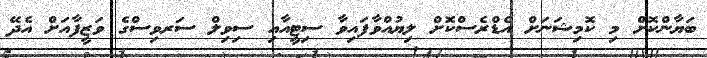
ބަޔާންކޮށް މި ކޮމިޝަނަށް އެޑްރެސްކޮށް ލިޔުއްވާފައިވާ ސިޓީއާއި ސިވިލް ސަރވިސްގެ ވަޒީފާއަށް އެދޭ